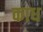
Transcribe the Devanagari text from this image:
काध